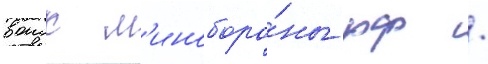
воиск м'иноборо́ны рф /